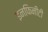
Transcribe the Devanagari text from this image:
इनफिनीटी